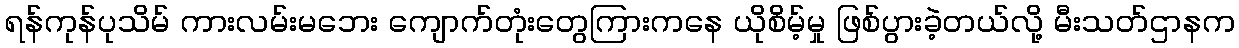
ရန်ကုန်ပုသိမ် ကားလမ်းမဘေး ကျောက်တုံးတွေကြားကနေ ယိုစိမ့်မှု ဖြစ်ပွားခဲ့တယ်လို့ မီးသတ်ဌာနက